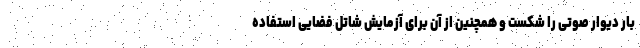
بار دیوار صوتی را شکست و همچنین از آن برای آزمایش شاتل فضایی استفاده